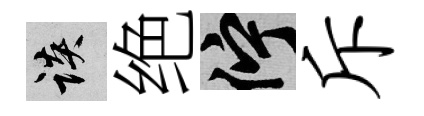
談绝伫斥